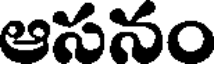
ఆసనం